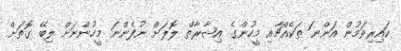
ކައިރިވަމުން އަންނަ ތަކެއްޗާއި މީހުންގެ އިޝާރާތް ލޮލަށް ނުފެންނަ މީހުންނަށް ލިބޭ ގޮތަށް